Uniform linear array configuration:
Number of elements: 8
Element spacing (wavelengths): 0.75
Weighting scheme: kaiser
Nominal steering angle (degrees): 60
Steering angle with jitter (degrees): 58.84
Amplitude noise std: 0.05
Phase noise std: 0.05

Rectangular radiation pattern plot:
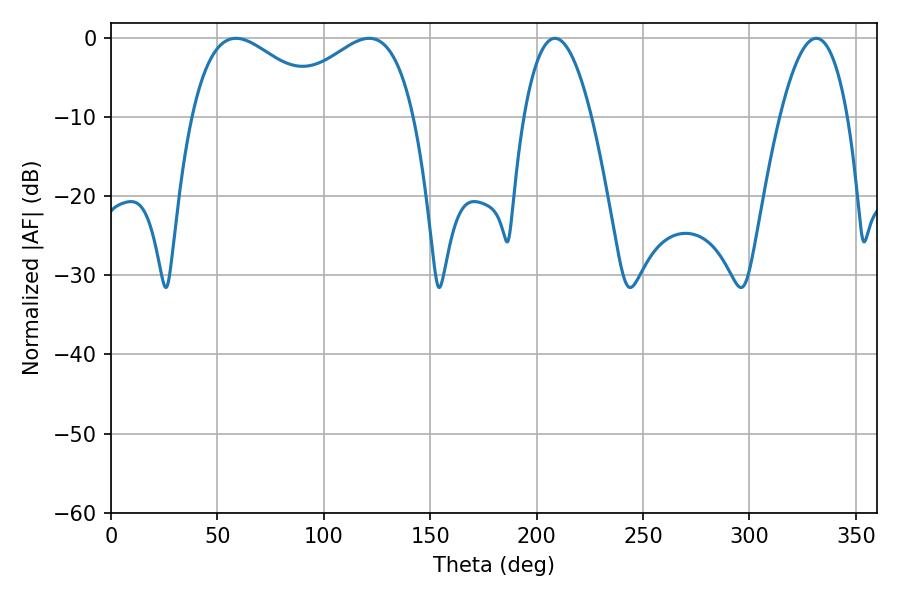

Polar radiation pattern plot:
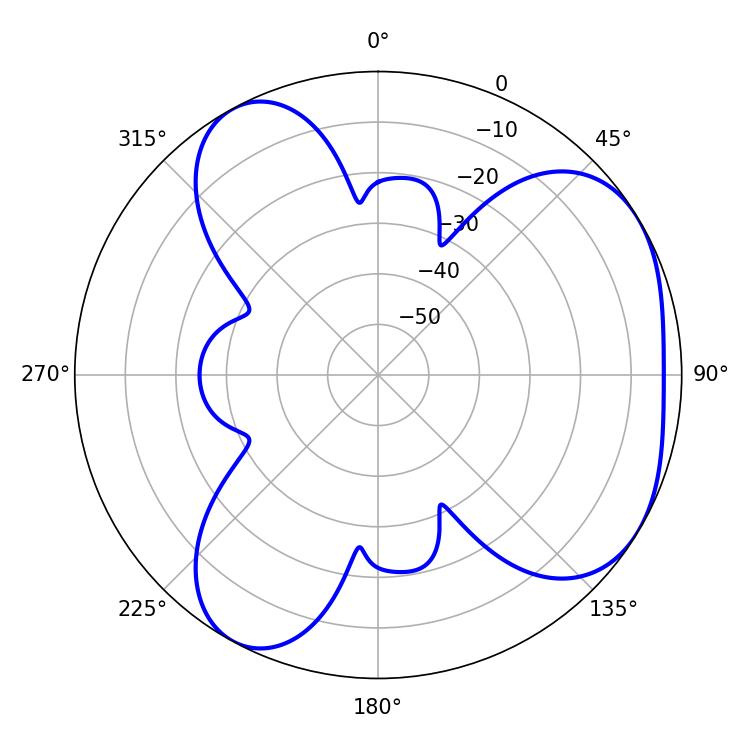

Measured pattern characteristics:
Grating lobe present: TRUE
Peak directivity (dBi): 4.409
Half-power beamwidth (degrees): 17.64
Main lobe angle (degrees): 208.62